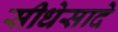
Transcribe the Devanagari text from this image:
सीधेसादे